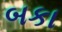
બકા